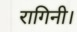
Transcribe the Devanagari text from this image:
रागिनी।